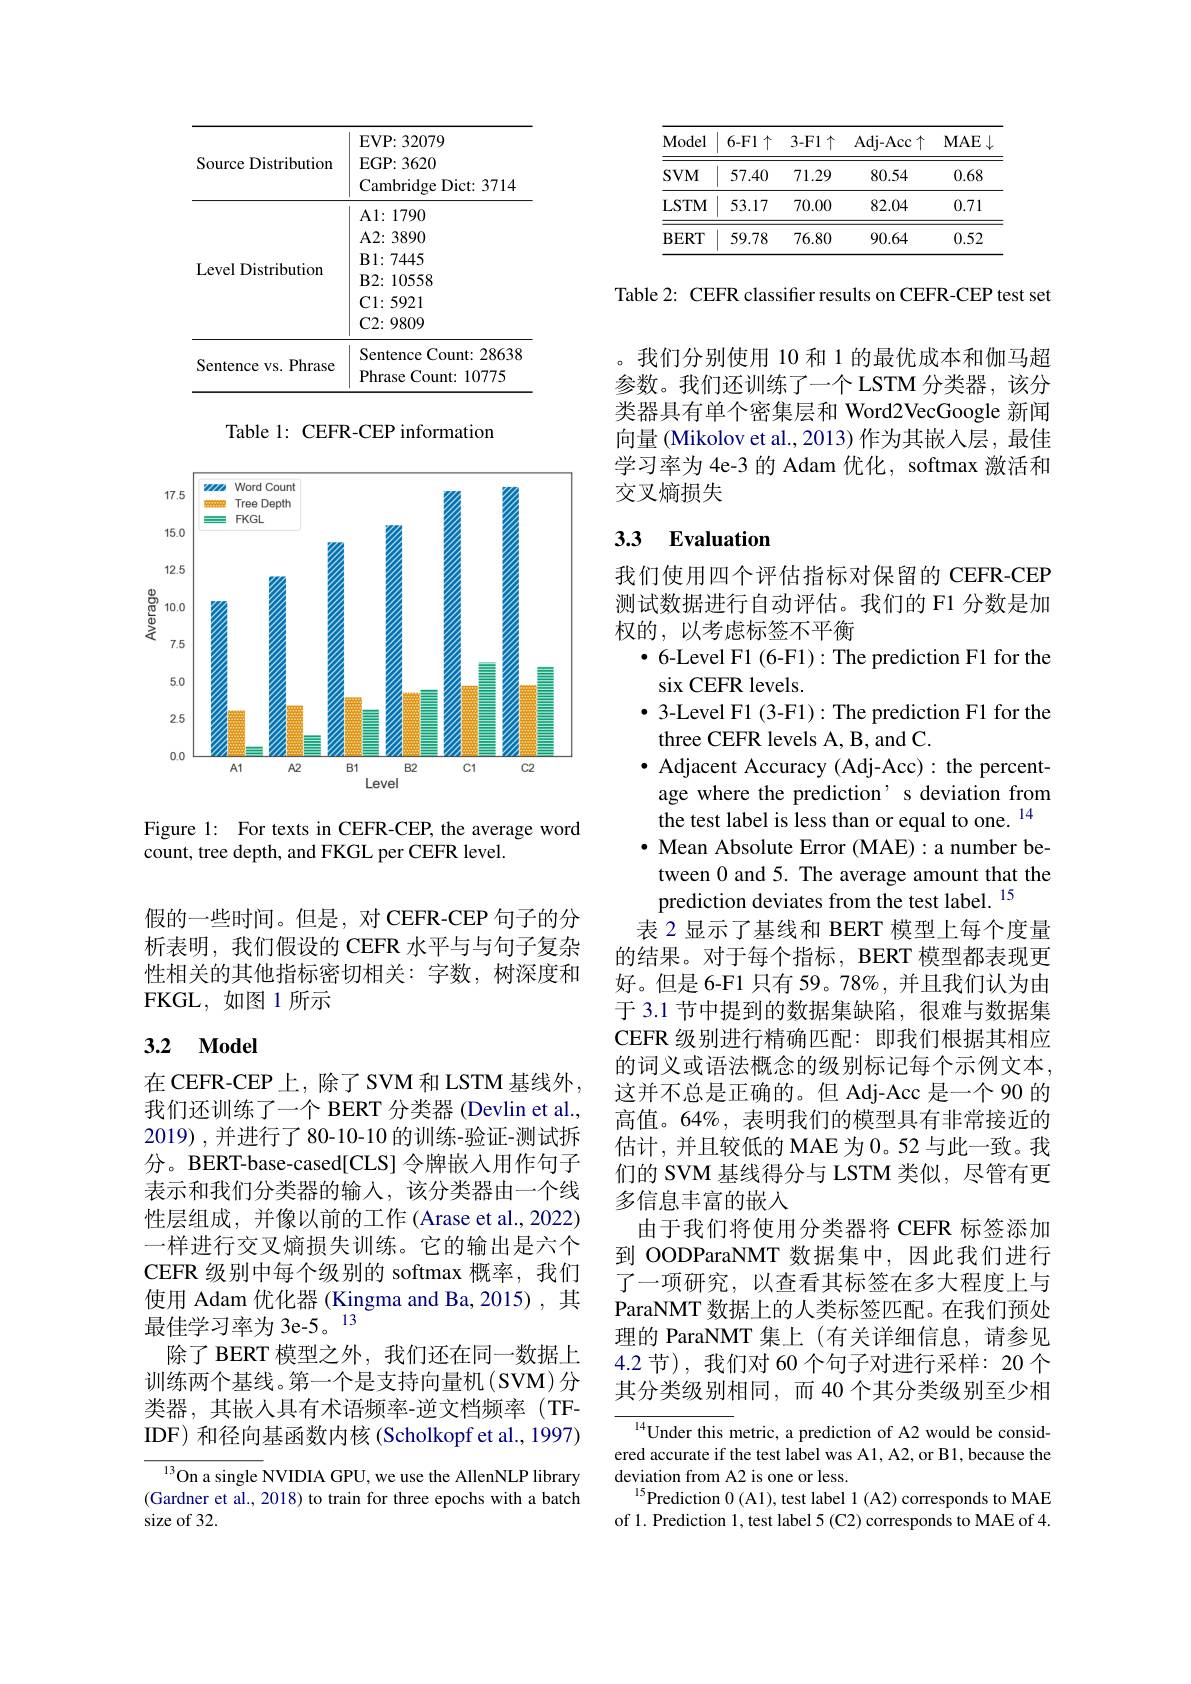
<table>
	<tbody>
		<tr>
			<th>Source Distribution</th>
			<th>$\mathbf{EVP:32079}$ $\mathbf{EGP:3620}$ Cambridge Dict: 3714</th>
		</tr>
		<tr>
			<td>Level Distribution</td>
			<td>A2: 3890 $\mathbf{B}1:7445$ $\mathbf{B}2:10558$ $\mathbf{C}1\colon5921$ $\mathbf{C2:9809}$</td>
		</tr>
		<tr>
			<td>Sentence vs. Phrase</td>
			<td>Sentence Count: 28638 Phrase Count: 10775</td>
		</tr>
	</tbody>
</table>

Table 1: CEFR-CEP information

<FigureHere>

Figure 1: For texts in CEFR-CEP, the average word
count, tree depth, and FKGL per CEFR level.

假的一些时间。但是，对 CEFR-CEP 句子的分析表明，我们假设的 CEFR 水平与与句子复杂性相关的其他指标密切相关：字数，树深度和FKGL,如图 1所示

# 3.2 Model

在CEFR-CEP上，除了SVM和LSTM基线外， 我们还训练了一个 BERT 分类器 (Devlin et al., 2019),并进行了80-10-10 的训练-验证-测试拆分。BERT-base-cased[CLS] 令牌嵌入用作句子表示和我们分类器的输入，该分类器由一个线性层组成，并像以前的工作(Arase et al., 2022) 一样进行交叉熵损失训练。它的输出是六个CEFR 级别中每个级别的 softmax 概率，我们使用 Adam 优化器 (Kingma and Ba, 2015), 其最佳学习率为 3e-5。13
除了 BERT 模型之外，我们还在同一数据上训练两个基线。第一个是支持向量机(SVM)分类器，其嵌入具有术语频率-逆文档频率(TF-) IDF) 和径向基函数内核(Scholkopf et al., 1997)

${^{13}\text{On a single }}$NVIDIA GPU, we use the AllenNLP library (Gardner et al., 2018) to train for three epochs with a batch size of 32.

<table>
	<tbody>
		<tr>
			<th>Model</th>
			<th>$6-F1\uparrow$</th>
			<th>3-F1$\uparrow$</th>
			<th>Adj- Acc$\uparrow$</th>
			<th>$MAE$</th>
		</tr>
		<tr>
			<td>$SVM$</td>
			<td>57.40</td>
			<td>71.29</td>
			<td>80.54</td>
			<td>0.68</td>
		</tr>
		<tr>
			<td>LSTM</td>
			<td>53.17</td>
			<td>70.00</td>
			<td>82.04</td>
			<td>0.71</td>
		</tr>
		<tr>
			<td>$\mathbf{BERT}$</td>
			<td>59.78</td>
			<td>76.80</td>
			<td>90.64</td>
			<td>0.52</td>
		</tr>
	</tbody>
</table>

Table 2: CEFR classifter results on CEFR-CEP test set
我们分别使用 10 和 1 的最优成本和伽马超参数。我们还训练了一个 LSTM 分类器，该分类器具有单个密集层和 Word2VecGoogle 新闻向量 (Mikolov et al., 2013) 作为其嵌人层，最佳学习率为 4e-3 的 Adam 优化，softmax 激活和交叉熵损失

# 3.3 $\textbf{Evaluation}$

我们使用四个评估指标对保留的 CEFR-CEP 测试数据进行自动评估。我们的 F1 分数是加权的，以考虑标签不平衡
$\bullet$ 6-Level F1 (6-F1): The prediction F1 for the
six CEFR levels.
$\bullet$ 3-Level F1 (3-F1): The prediction F1 for the
three CEFR levels A, B, and C.
· Adjacent Accuracy (Adj-Acc): the percentage where the prediction' s deviation from the test label is less than or equal to one. $^{14}$ $\cdot$ Mean Absolute Error (MAE):a number between 0 and 5. The average amount that the prediction deviates from the test label. $^{15}$
表 2 显示了基线和 BERT 模型上每个度量的结果。对于每个指标，BERT 模型都表现更好。但是 6-F1 只有 59。78%, 并且我们认为由于 3.1 节中提到的数据集缺陷，很难与数据集CEFR 级别进行精确匹配：即我们根据其相应的词义或语法概念的级别标记每个示例文本， 这并不总是正确的。但 Adj-Acc 是一个 90 的高值。64%, 表明我们的模型具有非常接近的估计，并且较低的 MAE 为 0。52 与此一致。我们的 SVM 基线得分与 LSTM 类似，尽管有更多信息丰富的嵌入
由于我们将使用分类器将 CEFR 标签添加到 OODParaNMT 数据集中，因此我们进行了一项研究，以查看其标签在多大程度上与ParaNMT 数据上的人类标签匹配。在我们预处理的 ParaNMT 集上 (有关详细信息，请参见4.2 节), 我们对 60 个句子对进行采样：20 个其分类级别相同，而 40 个其分类级别至少相${\overline{^{14}\text{Under this }}}$metric, a prediction of A2 would be consid-

ered accurate if the test label was A1, A2, or B1, because the
deviation from A2 is one or less.
$^{15}$Prediction 0 (Al), test label 1 (A2) corresponds to MAE of 1. Prediction 1, test label 5 (C2) corresponds to MAE of 4.